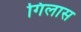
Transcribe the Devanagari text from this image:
गिलास